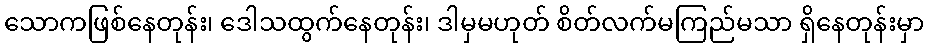
သောကဖြစ်နေတုန်း၊ ဒေါသထွက်နေတုန်း၊ ဒါမှမဟုတ် စိတ်လက်မကြည်မသာ ရှိနေတုန်းမှာ